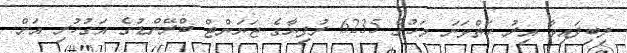
ލިބިފައިވާ އިރު ހަތްވަނަ މަހުގެ 6235 ރުފިޔާގެ ޖަޔަންޓް ބްރޭންޑުގެ އަގުހުރި އަށް